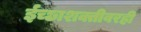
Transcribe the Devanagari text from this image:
ईच्छाशक्तीवरही